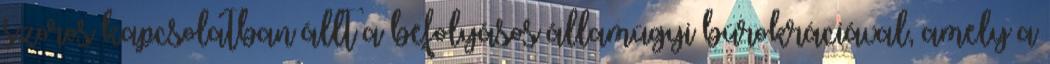
szoros kapcsolatban állt a befolyásos államügyi bürokráciával, amely a